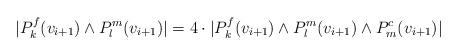
LaTeX: \begin{align*}|P^f_{k}(v_{i+1}) \wedge P^m_{l}(v_{i+1})| = 4\cdot |P^f_{k}(v_{i+1}) \wedge P^m_{l}(v_{i+1}) \wedge P^c_{m}(v_{i+1})|\end{align*}